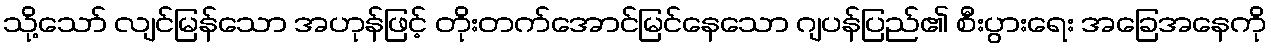
သို့သော် လျင်မြန်သော အဟုန်ဖြင့် တိုးတက်အောင်မြင်နေသော ဂျပန်ပြည်၏ စီးပွားရေး အခြေအနေကို